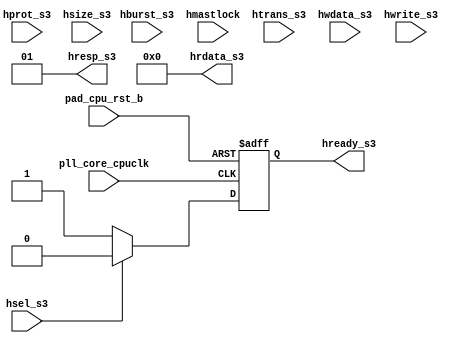
/*Copyright 2019-2021 T-Head Semiconductor Co., Ltd.

Licensed under the Apache License, Version 2.0 (the "License");
you may not use this file except in compliance with the License.
You may obtain a copy of the License at

    http://www.apache.org/licenses/LICENSE-2.0

Unless required by applicable law or agreed to in writing, software
distributed under the License is distributed on an "AS IS" BASIS,
WITHOUT WARRANTIES OR CONDITIONS OF ANY KIND, either express or implied.
See the License for the specific language governing permissions and
limitations under the License.
*/






















module err_gen(
  hburst_s3,
  hmastlock,
  hprot_s3,
  hrdata_s3,
  hready_s3,
  hresp_s3,
  hsel_s3,
  hsize_s3,
  htrans_s3,
  hwdata_s3,
  hwrite_s3,
  pad_cpu_rst_b,
  pll_core_cpuclk
);


input   [2  :0]  hburst_s3;      
input            hmastlock;      
input   [3  :0]  hprot_s3;       
input            hsel_s3;        
input   [2  :0]  hsize_s3;       
input   [1  :0]  htrans_s3;      
input   [127:0]  hwdata_s3;      
input            hwrite_s3;      
input            pad_cpu_rst_b;  
input            pll_core_cpuclk; 
output  [127:0]  hrdata_s3;      
output           hready_s3;      
output  [1  :0]  hresp_s3;       


reg              hready_s3;      


wire    [127:0]  hrdata_s3;      
wire    [1  :0]  hresp_s3;       
wire             hsel_s3;        
wire             pad_cpu_rst_b;  
wire             pll_core_cpuclk; 




















assign hresp_s3[1:0]  =  2'b01 ;

always @(posedge pll_core_cpuclk or negedge pad_cpu_rst_b)
begin
  if(!pad_cpu_rst_b)
    begin
      hready_s3 <= 1'b0;
    end
  else if(hsel_s3)
    begin
      hready_s3 <= 1'b0;
    end
  else
    begin
      hready_s3 <= 1'b1;     
    end
end






assign hrdata_s3[127:0] = 128'b0;

endmodule